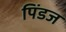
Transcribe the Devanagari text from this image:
पिंडज